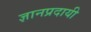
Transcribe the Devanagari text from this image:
ज्ञानप्रदायी